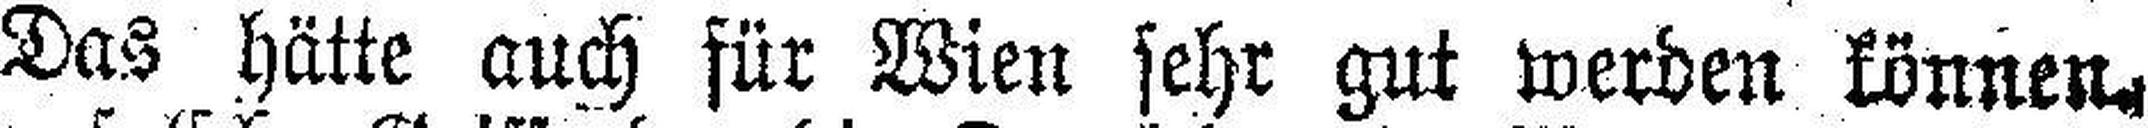
Das hätte auch für Wien sehr gut werden können.